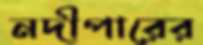
নদীপারের